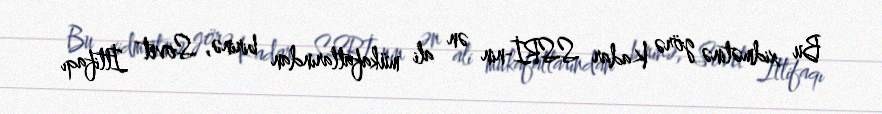
Bu xidmətinə görə Kadar SSRİ-nin ən ali mükafatlarından birinə, Sovet İttifaqı